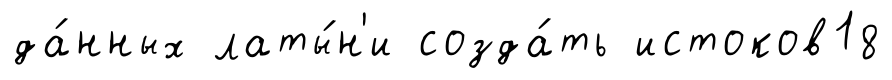
да́нных латы́н'и созда́ть истоков18